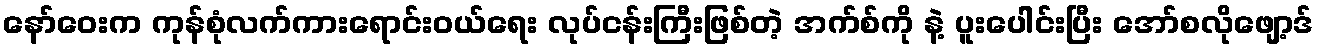
နော်ဝေးက ကုန်စုံလက်ကားရောင်းဝယ်ရေး လုပ်ငန်းကြီးဖြစ်တဲ့ အက်စ်ကို နဲ့ ပူးပေါင်းပြီး အော်စလိုဖျော့ဒ်